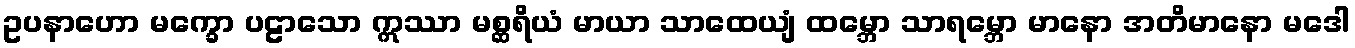
ဥပနာဟော မက္ခော ပဠာသော ဣဿာ မစ္ဆရိယံ မာယာ သာထေယျံ ထမ္ဘော သာရမ္ဘော မာနော အတိမာနော မဒေါ